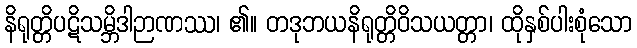
နိရုတ္တိပဋိသမ္ဘိဒါဉာဏဿ၊ ၏။ တဒုဘယနိရုတ္တိဝိသယတ္တာ၊ ထိုနှစ်ပါးစုံသော